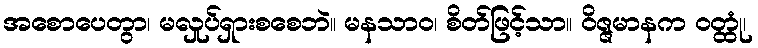
အစောပေတွာ၊ မလှုပ်ရှားစစေဘဲ။ မနသာဝ၊ စိတ်ဖြင့်သာ။ ဝိဇ္ဇမာနက ဝတ္ထုံ၊